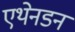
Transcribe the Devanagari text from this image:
एथेनडन